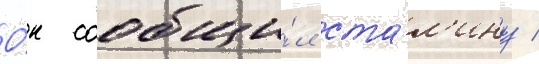
О́н сообщи́л ста́л'ину /